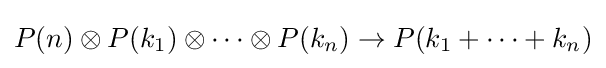
P(n)\otimes P(k_{1})\otimes \cdots \otimes P(k_{n})\to P(k_{1}+\cdots +k_{n})